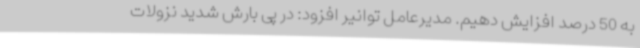
به 50 درصد افزایش دهیم. مدیرعامل توانیر افزود: در پی بارش شدید نزولات